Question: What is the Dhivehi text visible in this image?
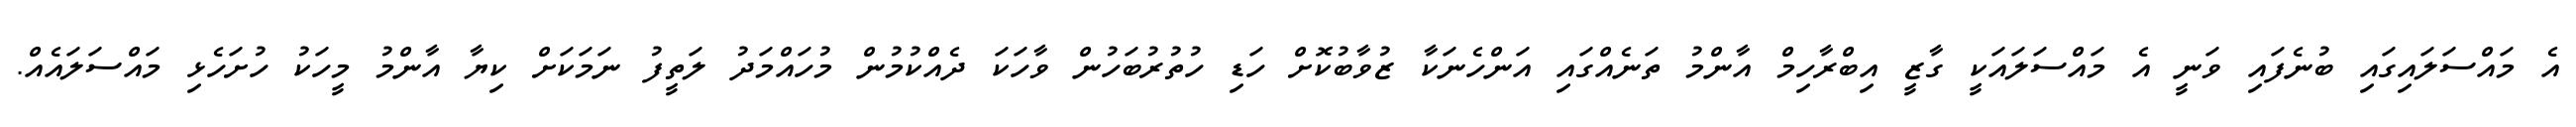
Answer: އެ މައްސަލައިގައި ބުނެފައި ވަނީ އެ މައްސަލައަކީ ގާޒީ އިބްރާހިމް އާންމު ތަނެއްގައި އަންހެނަކާ ޒުވާބުކޮށް ހަޑި ހުތުރުބަހުން ވާހަކަ ދެއްކުމުން މުހައްމަދު ލަތީފު ނަމަކަށް ކިޔާ އާންމު މީހަކު ހުށަހެޅި މައްސަލައެއް.